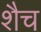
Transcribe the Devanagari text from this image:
शैच